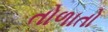
તોળાતો